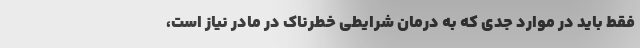
فقط باید در موارد جدی که به درمان شرایطی خطرناک در مادر نیاز است،